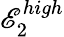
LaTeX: \mathscr{E}_{2}^{high}